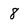
Character: 8